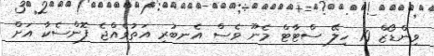
ވިންޑޯޒް 10 ހިލޭ ސްޓާޓް މެނޫ ވެސް އެނބުރި އަތުވެއްޖެ ފޮންސެކާ އަށް